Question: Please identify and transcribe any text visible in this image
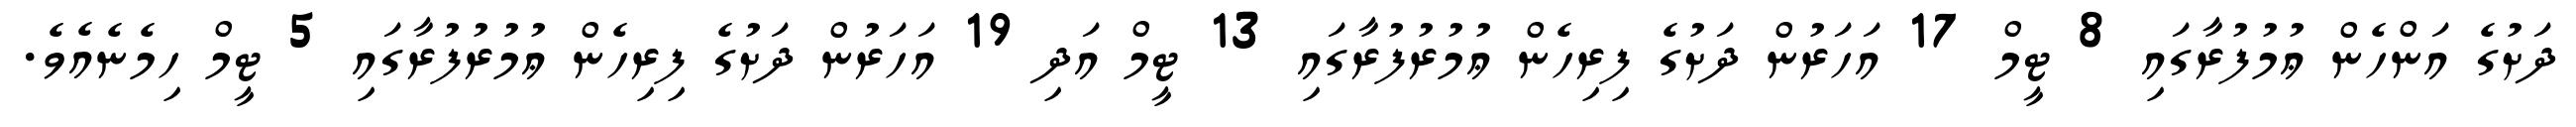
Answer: ދަށުގެ އަންހެން ޢުމުފުރާގައި 8 ޓީމް 17 އަހަރުން ދަށުގެ ފިރިހެން ޢުމުރުފުރާގައި 13 ޓީމް އަދި 19 އަހަރުން ދަށުގެ ފިރިހެން ޢުމުރުފުރާގައި 5 ޓީމް ހިމެނެއެވެ.